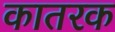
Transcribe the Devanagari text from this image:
कातरक